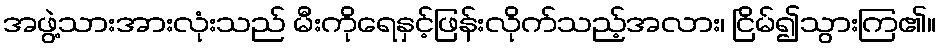
အဖွဲ့သားအားလုံးသည် မီးကိုရေနှင့်ဖြန်းလိုက်သည့်အလား၊ ငြိမ်၍သွားကြ၏။